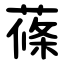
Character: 蓧